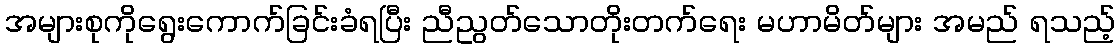
အများစုကိုရွေးကောက်ခြင်းခံရပြီး ညီညွတ်သောတိုးတက်ရေး မဟာမိတ်များ အမည် ရသည့်